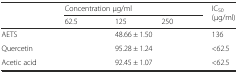
<table><thead><tr><td>[EMPTY_CELL]</td><td colspan="3"><b>Concentration μg/ml</b></td><td rowspan="2"><b>IC<sub>50</sub> (μg/ml)</b></td></tr><tr><td>[EMPTY_CELL]</td><td><b>62.5</b></td><td><b>125</b></td><td><b>250</b></td></tr></thead><tbody><tr><td>AETS</td><td>[EMPTY_CELL]</td><td>48.66 ± 1.50</td><td>[EMPTY_CELL]</td><td>136</td></tr><tr><td>Quercetin</td><td>[EMPTY_CELL]</td><td>95.28 ± 1.24</td><td>[EMPTY_CELL]</td><td>&lt;62.5</td></tr><tr><td>Acetic acid</td><td>[EMPTY_CELL]</td><td>92.45 ± 1.07</td><td>[EMPTY_CELL]</td><td>&lt;62.5</td></tr></tbody></table>